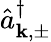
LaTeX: \hat{a}_{\mathbf{k},\pm}^{\dagger}